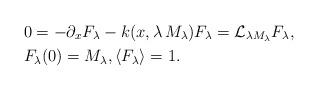
LaTeX: \begin{align*} &0=-\partial_x F_\lambda - k(x,\lambda \, M_\lambda) F_\lambda= \mathcal{L}_{\lambda M_\lambda} F_\lambda,\\ &F_\lambda(0)= M_\lambda, \langle F_\lambda \rangle = 1. \end{align*}